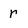
Character: r